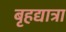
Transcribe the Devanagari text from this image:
बृहद्यात्रा